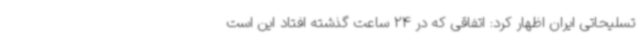
تسلیحاتی ایران اظهار کرد: اتفاقی که در 24 ساعت گذشته افتاد این است